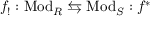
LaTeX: f _ { ! } : { \mathrm { M o d } } _ { R } \leftrightarrows { \mathrm { M o d } } _ { S } : f ^ { * }